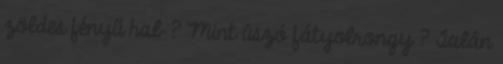
zöldes fényű hab ? Mint úszó fátyolrongy ? Talán